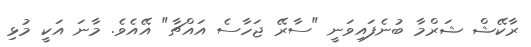
ރާކޭޝް ޝަރްމާ ބުނެފައިވަނީ "ސާރޭ ޖަހާސެ އައްޗާ" އޭއެވެ. މާނަ އަކީ މުޅި